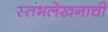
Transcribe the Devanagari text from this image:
स्तंभलेखनाची